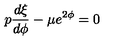
p \frac { d \xi } { d \phi } - \mu e ^ { 2 \phi } = 0